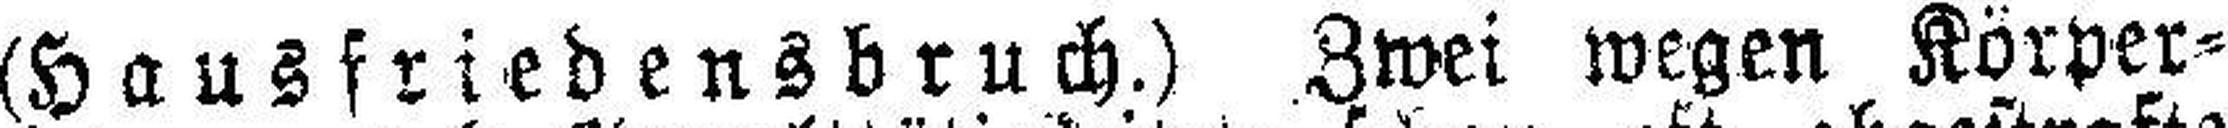
(Hausfriedensbruch.) Zwei wegen Körper¬